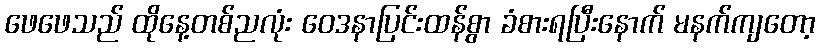
ဖေဖေသည် ထိုနေ့တစ်ညလုံး ဝေဒနာပြင်းထန်စွာ ခံစားရပြီးနောက် မနက်ကျတော့